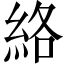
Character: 絡